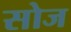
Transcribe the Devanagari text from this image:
सोज